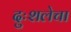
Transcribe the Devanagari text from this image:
दुःशलेचा